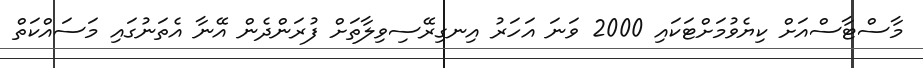
މާސްޓާސްއަށް ކިޔެވުމަށްޓަކައި 2000 ވަނަ އަހަރު އިނގިރޭސިވިލާތަށް ފުރަންދެން އޭނާ އެތަނުގައި މަސައްކަތް